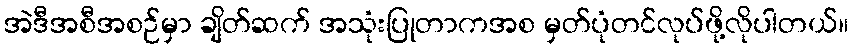
အဲဒီအစီအစဉ်မှာ ချိတ်ဆက် အသုံးပြုတာကအစ မှတ်ပုံတင်လုပ်ဖို့လိုပါတယ်။